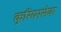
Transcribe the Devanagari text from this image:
कुरियरसेवा